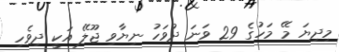
މިދިޔަ މޭ މަހުގެ 29 ވަނަ ދުވަހު ނިޔާވި ޖޫލޭ އަކީ ދިވެހި